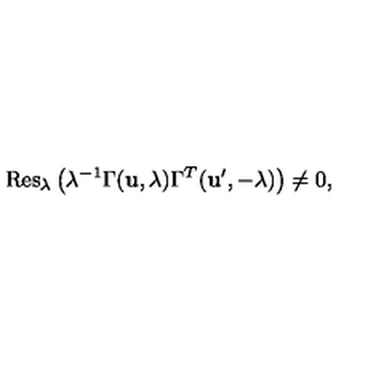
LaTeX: \mathrm { R e s } _ { \lambda } \left( \lambda ^ { - 1 } \Gamma ( { \bf u } , \lambda ) \Gamma ^ { T } ( { \bf u ^ { \prime } } , - \lambda ) \right) \ne 0 ,